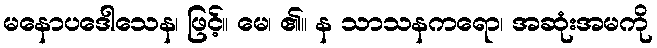
မနောပဒေါသေန၊ ဖြင့်။ မေ၊ ၏။ န သာသနကရော၊ အဆုံးအမကို